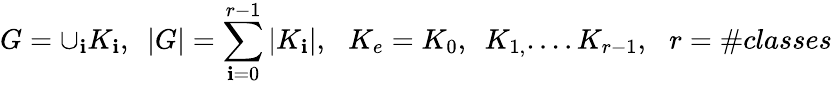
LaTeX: G=\cup_{\mathbf{i}}K_{\mathbf{i}},\, \, \, \left|G\right|=\sum_{\mathbf{i}=0}^{r-1}\left|K_{\mathbf{i}}\right|,\, \, \, \, K_{e}=K_{0},\, \, \, K_{1,}....K_{r-1},\, \, \, \, r=\# classes